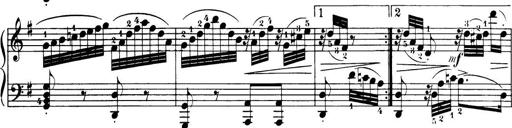
Title: 32 Sonatinas and Rondos for the Piano
Composer: Richard Kleinmichel